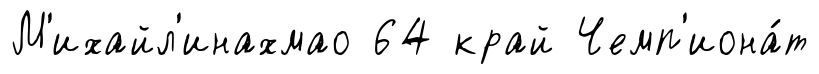
М'ихайл'инахмао 64 край Чемп'иона́т